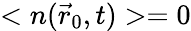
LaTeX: <n(\vec{r}_{0},t)>=0